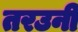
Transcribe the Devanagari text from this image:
तरउनी